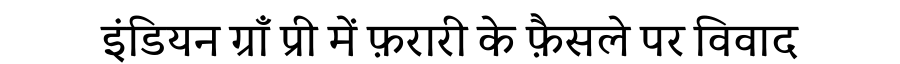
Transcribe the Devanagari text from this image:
इंडियन ग्राँ प्री में फ़रारी के फ़ैसले पर विवाद